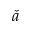
\check { a }